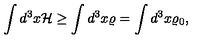
\int d ^ { 3 } x { \cal H } \ge \int d ^ { 3 } x \varrho = \int d ^ { 3 } x \varrho _ { 0 } ,